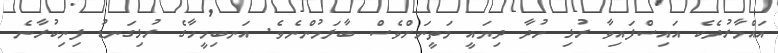
އައްމާރުދެކެ އައިސްފައިވާ ރުޅި ހުދާ ދިޔައީ މަތީނަށްވެސް ބާލަމުންނެވެ. އަނބިމީހާގެ ރުޅިގަނޑު ފިނިކުރާނެ